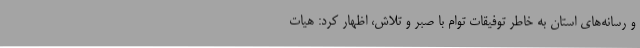
و رسانه‌های استان به خاطر توفیقات توام با صبر و تلاش، اظهار کرد: هیات